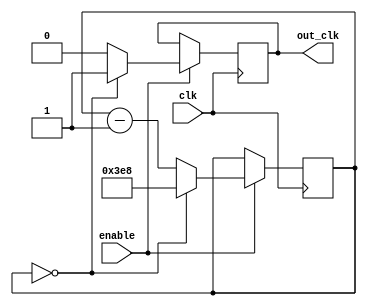
//Clock divider
module divider_2500 (enable, clk, out_clk);
	input clk, enable;
	output out_clk;
	parameter max_value = 1000;
	reg [15:0] count;
	reg out_clk;

	initial out_clk = 1'b0;
	
	always @(posedge clk)
	if (enable == 1'b1) begin
	
		if (count == 10'b0) begin
			out_clk <= 1'b1;
			count <= max_value;
			end
			
		else begin
			count <= count - 1'b1;
			out_clk <= 1'b0;
		end
	
	end
endmodule // divider_2500